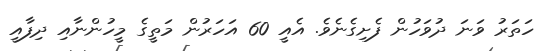
ހަތަރު ވަނަ ދުވަހުން ފެށިގެނެވެ. އެއީ 60 އަހަރުން މަތީގެ މީހުންނާއި ދިފާއީ